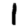
Digit: 1